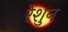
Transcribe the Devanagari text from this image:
रेशुन